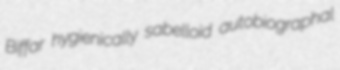
Biffar hygienically sabelloid autobiographal